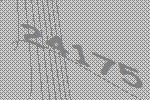
24175